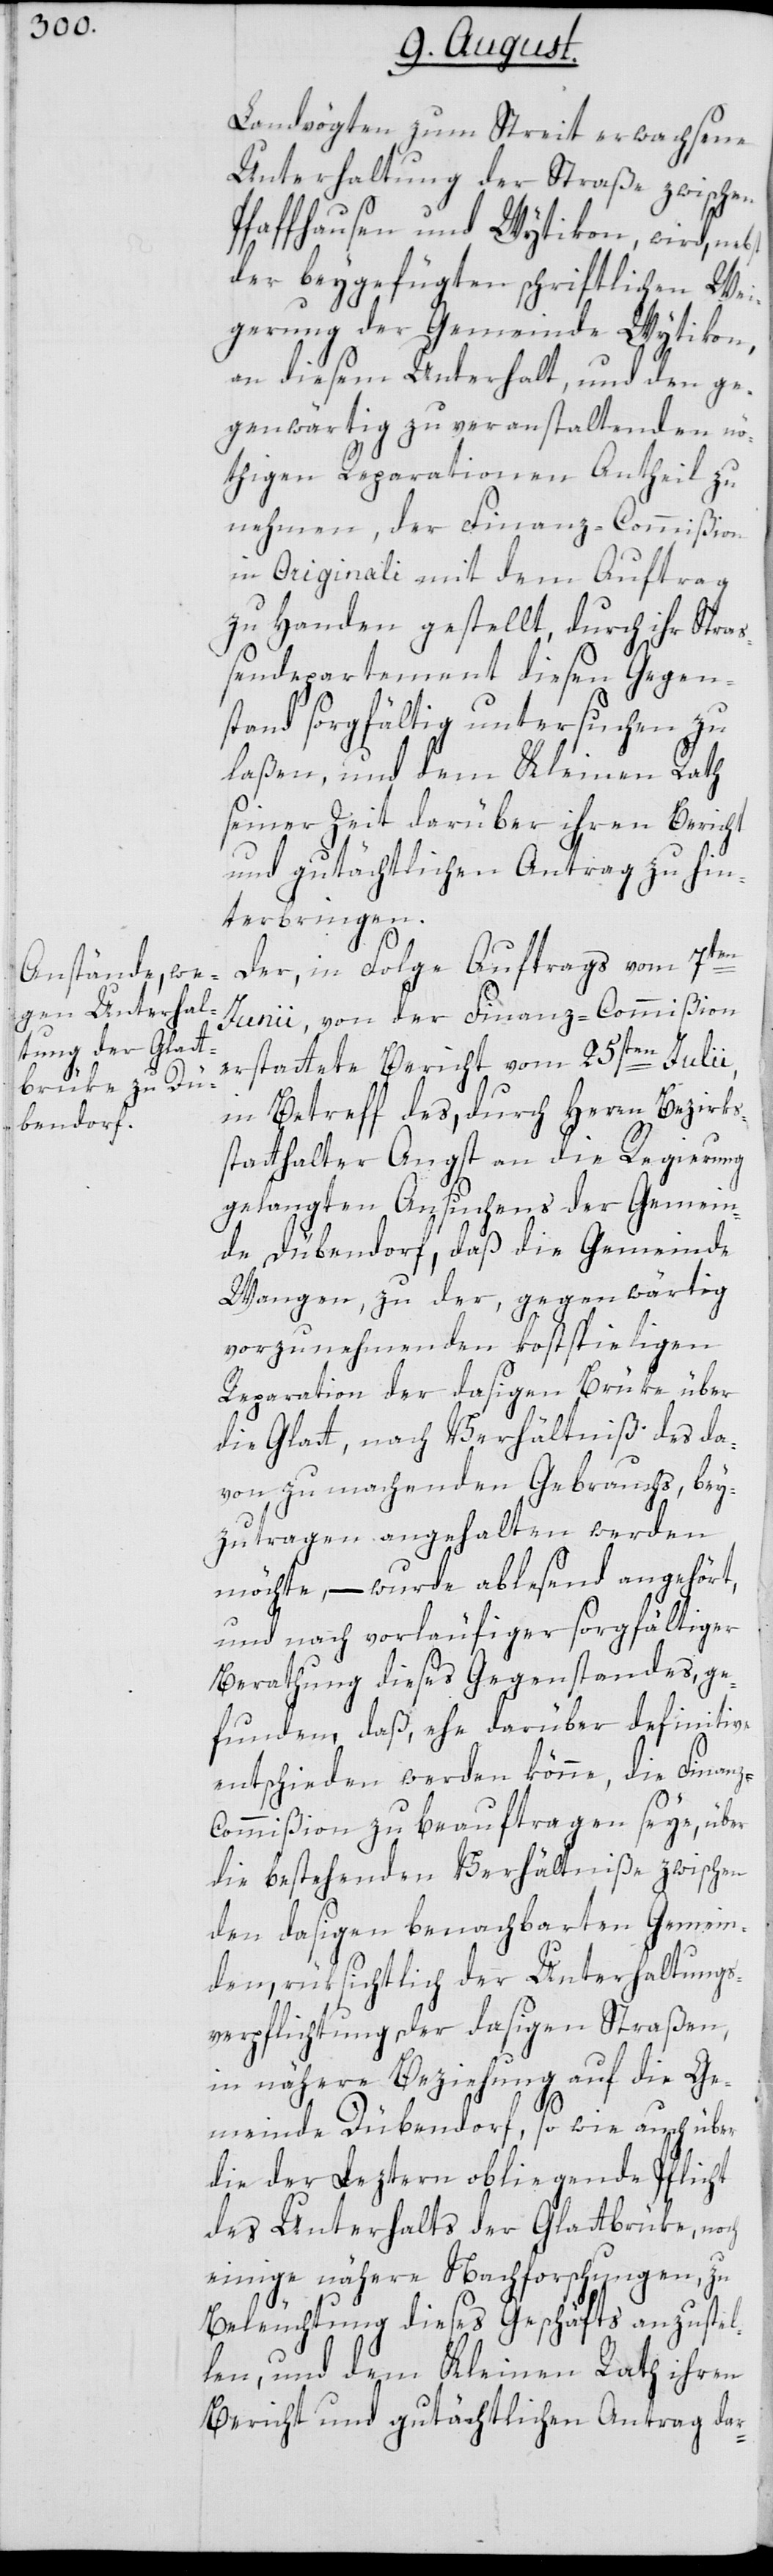
Landvögten zum Streit erwachsene
Unterhaltung der Straße zwischen
Pfaffhausen und Wytikon, wird, neb¬
der beygefügten schriftlichen Wei¬
gerung der Gemeinde Wytikon,
an diesem Unterhalt, und den ge¬
genwärtig zu veranstaltenden nö¬
thigen Reparationen Antheil zu
nehmen, der Finanz-Commißion
in Originali mit dem Auftrag
zu Handen gestellt, durch ihr Stra¬
ßendepartement diesen Gegen¬
stand sorgfältig untersuchen zu
laßen, und dem Kleinen Rath
seiner Zeit darüber ihren Bericht
und gutächtlichen Antrag zu hin¬
terbringen.
z-C¬
Der, in Folge Auftrags vom 7ten
Junii, von der Finanz-Commißion
erstattete Bericht vom 25sten Julii,
in Betreff des, durch Herrn Bezirks¬
statthalter Angst an die Regierung
gelangten Ansuchens der Gemein¬
de Dübendorf, daß die Gemeinde
Wangen, zu der, gegenwärtig
vorzunehmenden kostspieligen
Reparation der dasigen Brüke über
die Glatt, nach Verhältniß des da¬
von zu machenden Gebrauchs, bey¬
zutragen angehalten werden
möchte, – wurde ablesend angehört,
und nach vorläuffiger sorgfältiger
Berathung dieses Gegenstandes, ge¬
funden, daß, ehe darüber definitiv
entschieden werden könne, die Finan¬
ommißion zu beauftragen seye, über
die bestehenden Verhältniße zwischen
den dasigen benachbarten Gemein¬
den, rüksichtlich der Unterhaltungs¬
verpflichtung der dasigen Straßen,
in nähere Beziehung auf die Ge¬
meinde Dübendorf, so wie auch über
die der Leztern obliegende Pflicht
des Unterhalts der Glattbrüke, noch
einige nähere Nachforschungen, zu
Beleuchtung dieses Geschäfts anzustel¬
len, und dem Kleinen Rath ihren
Bericht und gutächtlichen Antrag dar-